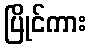
ပြိုင်ကား